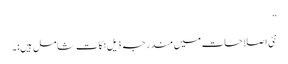
”
نئی اصلاحات میں مندرجہ ذیل نکات شامل ہیں:۔